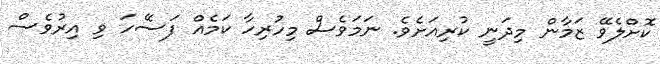
ކޮށްލެވޭ ޒަމާން މިދަނީ ކުރިއަށެވެ. ނަމަވެސް މިހުރިހާ ކަމެއް ފަސޭހަ ވި އިރުވެސް